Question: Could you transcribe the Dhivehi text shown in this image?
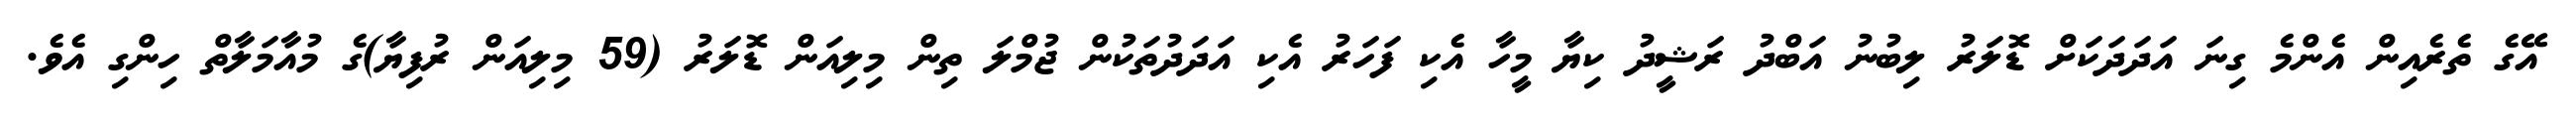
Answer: އޭގެ ތެރެއިން އެންމެ ގިނަ އަދަދަކަށް ޑޮލަރު ލިބުނު އަބްދު ރަޝީދު ކިޔާ މީހާ އެކި ފަހަރު އެކި އަދަދުތަކުން ޖުމްލަ ތިން މިލިއަން ޑޮލަރު (59 މިލިއަން ރުފިޔާ)ގެ މުއާމަލާތް ހިންގި އެވެ.